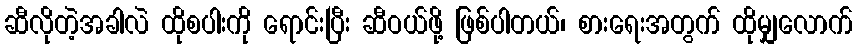
ဆီလိုတဲ့အခါလဲ ထိုစပါးကို ရောင်းပြီး ဆီဝယ်ဖို့ ဖြစ်ပါတယ်၊ စားရေးအတွက် ထိုမျှလောက်